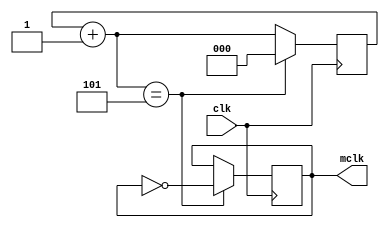
`timescale 1ns / 1ps
//////////////////////////////////////////////////////////////////////////////////
// Company: 
// Engineer: 
// 
// Design Name: 
// Module Name:    Divisorfrecuencia 
// Project Name: 
// Target Devices: 
// Tool versions: 
// Description: 
//
// Dependencies: 
//
// Revision: 
// Revision 0.01 - File Created
// Additional Comments: 
//
//////////////////////////////////////////////////////////////////////////////////
module Divisorfrecuencia(
    input clk,
    output mclk
    );
	 
reg [2:0] contador= 0;
reg mclko=0;
assign mclk=mclko;

always @(posedge clk)
begin
    contador = contador + 1;
     if(contador == 5)
     begin
       mclko = ~mclko; //genera la seal de reloj
       contador = 0; 	//reset del contador
     end
end

endmodule